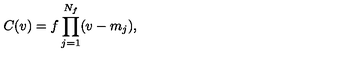
C ( v ) = f \prod _ { j = 1 } ^ { N _ { f } } ( v - m _ { j } ) ,